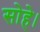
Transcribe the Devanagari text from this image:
सोहे।